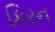
કિરન